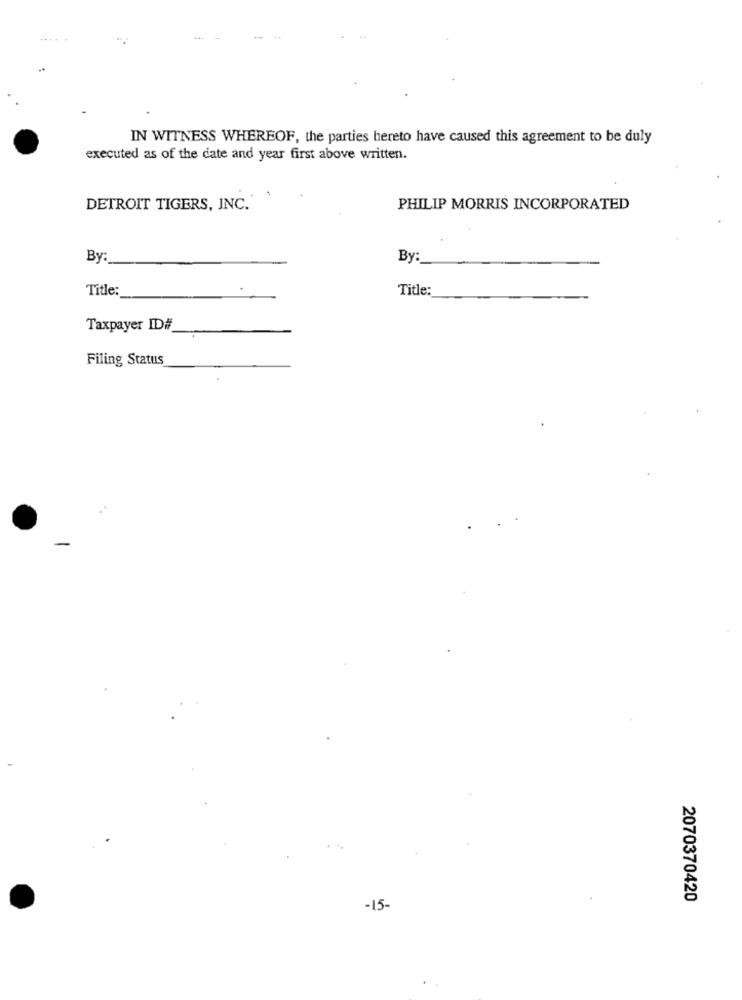
...
IN WITNESS WHEREOF, the parties hereto have caused this agreement to be duly
executed as of the date and year first above written.
DETROIT TIGERS, INC.
PHILIP MORRIS INCORPORATED
By:
By :_
Title:
Title:
Taxpayer ID#
Filing Status
2070370420
-15-